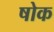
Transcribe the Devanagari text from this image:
षोक